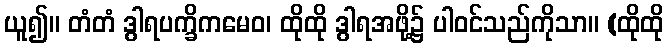
ယူ၍။ တံတံ ဒွါရပက္ခိကမေဝ၊ ထိုထို ဒွါရအဖို့၌ ပါဝင်သည်ကိုသာ။ (ထိုထို